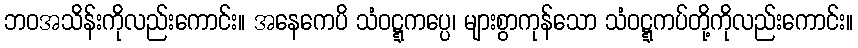
ဘဝအသိန်းကိုလည်းကောင်း။ အနေကေပိ သံဝဋ္ဋကပ္ပေ၊ များစွာကုန်သော သံဝဋ္ဋကပ်တို့ကိုလည်းကောင်း။